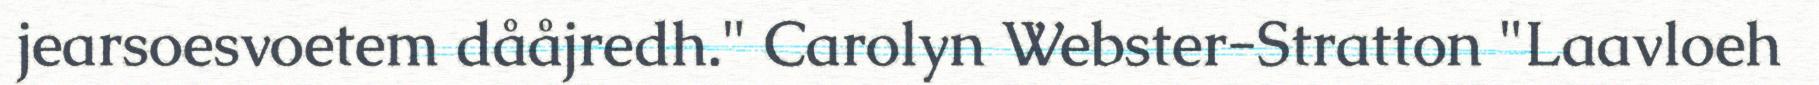
jearsoesvoetem dååjredh." Carolyn Webster-Stratton "Laavloeh